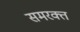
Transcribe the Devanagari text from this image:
समरक्त